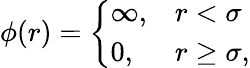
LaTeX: \phi(r)=\left\{ \begin{array}{ll}{\infty,}&{r<\sigma}\\ {0,}&{r\geq\sigma,}\end{array}\right.